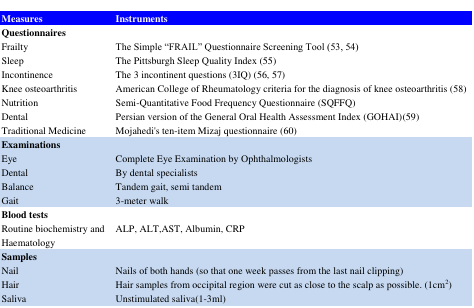
| Measures | Instruments |
 | --- | --- |
 | Questionnaires |  |
 | FrailtySleepIncontinenceKnee osteoarthritisNutritionDentalTraditional Medicine | The Simple “FRAIL” Questionnaire Screening Tool (53, 54)The Pittsburgh Sleep Quality Index (55)The 3 incontinent questions (3IQ) (56, 57)American College of Rheumatology criteria for the diagnosis of knee osteoarthritis (58)Semi-Quantitative Food Frequency Questionnaire (SQFFQ)Persian version of the General Oral Health Assessment Index (GOHAI)(59)Mojahedi's ten-item Mizaj questionnaire (60) |
 | Examinations |  |
 | Eye DentalBalanceGait | Complete Eye Examination by OphthalmologistsBy dental specialistsTandem gait, semi tandem3-meter walk |
 | Blood tests |  |
 | Routine biochemistry and Haematology | ALP, ALT,AST, Albumin, CRP |
 | Samples |  |
 | NailHairSaliva | Nails of both hands (so that one week passes from the last nail clipping)Hair samples from occipital region were cut as close to the scalp as possible. (1cm2)Unstimulated saliva(1-3ml) |